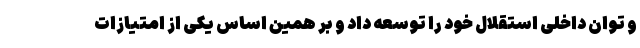
و توان داخلی استقلال خود را توسعه داد و بر همین اساس یکی از امتیازات